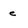
Character: e